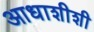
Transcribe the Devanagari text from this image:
आधाशीशी